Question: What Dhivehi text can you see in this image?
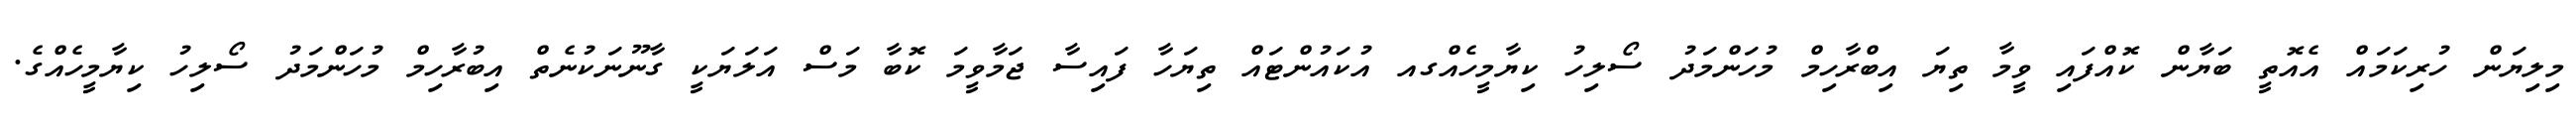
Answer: މިލިޔަން ހުރިކަމައް އެއޮތީ ބަޔާން ކޮއްފައި ވީމާ ތިޔަ އިބްރާހިމް މުހަންމަދު ސޯލިހު ކިޔާމީހެއްގއ އުކައުންޓައް ތިޔަހާ ފައިސާ ޖަމާވީމަ ކޮބާ މަސް އަލަޔަކީ ގާނޫނަކުނެތް އިބުރާހިމް މުހަންމަދު ސޯލިހު ކިޔާމީހެއްގެ.